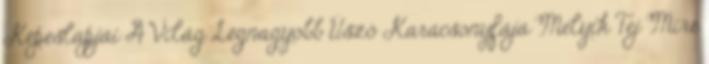
Képeslapjai A Világ Legnagyobb Úszó Karácsonyfája Melyik Tej Mire